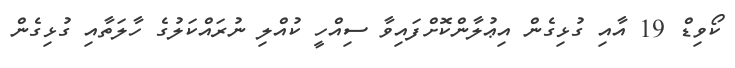
ކޯވިޑް 19 އާއި ގުޅިގެން އިޢުލާންކޮށްފައިވާ ސިއްހީ ކުއްލި ނުރައްކަލުގެ ހާލަތާއި ގުޅިގެން